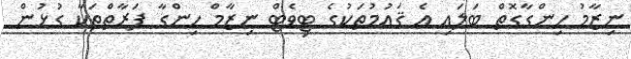
ނިޒާމު ހިންގާގޮތް ބަލައި އެ ޤައުމުތަކުގެ ޓިވެޓް ނިޒާމް ހިންގާ ފަރާތްތަކާ ގުޅުން